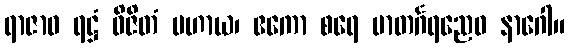
ရာဇာဝ ရဋ္ဌံ ဝိဇိတံ ပဟာယ၊ ဧကော စရေ မာတင်္ဂရညေဝ နာဂေါ။